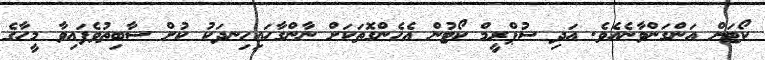
ކޯޓަށް އަންގަންވާނެއެވެ. އަދި ސުޕްރީމް ކޯޓުން އެހެންގޮތަކަށް ނާންގާހައިހިނދަކު ކުށް ސާބިތުވެފައިވާ މީހާގެ